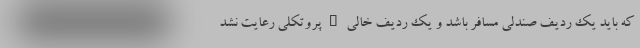
که باید یک ردیف صندلی مسافر باشد و یک ردیف خالی _ پروتکلی رعایت نشد